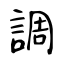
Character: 調